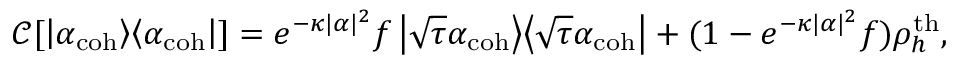
\mathcal { C } [ \left| \alpha _ { \mathrm { c o h } } \middle > \middle < \alpha _ { \mathrm { c o h } } \right| ] = e ^ { - \kappa | \alpha | ^ { 2 } } f \left| \sqrt { \tau } \alpha _ { \mathrm { c o h } } \middle > \middle < \sqrt { \tau } \alpha _ { \mathrm { c o h } } \right| + ( 1 - e ^ { - \kappa | \alpha | ^ { 2 } } f ) \rho _ { h } ^ { \mathrm { t h } } ,